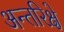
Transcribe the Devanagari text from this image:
अन्तरिक्षे